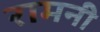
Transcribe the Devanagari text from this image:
रामनी